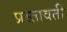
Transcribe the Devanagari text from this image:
प्रस्तावती